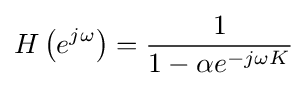
H\left(e^{j\omega }\right)={\frac {1}{1-\alpha e^{-j\omega K}}}